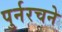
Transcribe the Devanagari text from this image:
पुर्नरचने